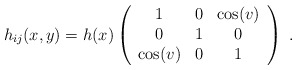
\begin{align*}h_{ij}(x,y)=h(x)\left( \begin{array}{ccc}1 & 0 & \cos(v)\\0 & 1 & 0\\\cos(v) & 0 & 1\end{array}\right)\,\,.\end{align*}